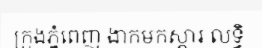
ក្រុងភ្នំពេញ ងាកមកស្តារ លទ្ធិ